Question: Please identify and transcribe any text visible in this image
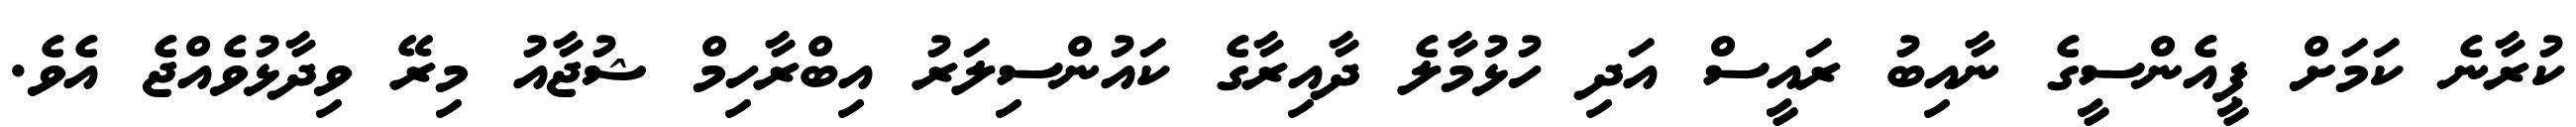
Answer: ކުރާނެ ކަމަށް ޕީއެންސީގެ ނާއިބު ރައީސް އަދި ހުޅުމާލެ ދާއިރާގެ ކައުންސިލަރު އިބްރާހިމް ޝުޖާއު މިރޭ ވިދާޅުވެއްޖެ އެވެ.